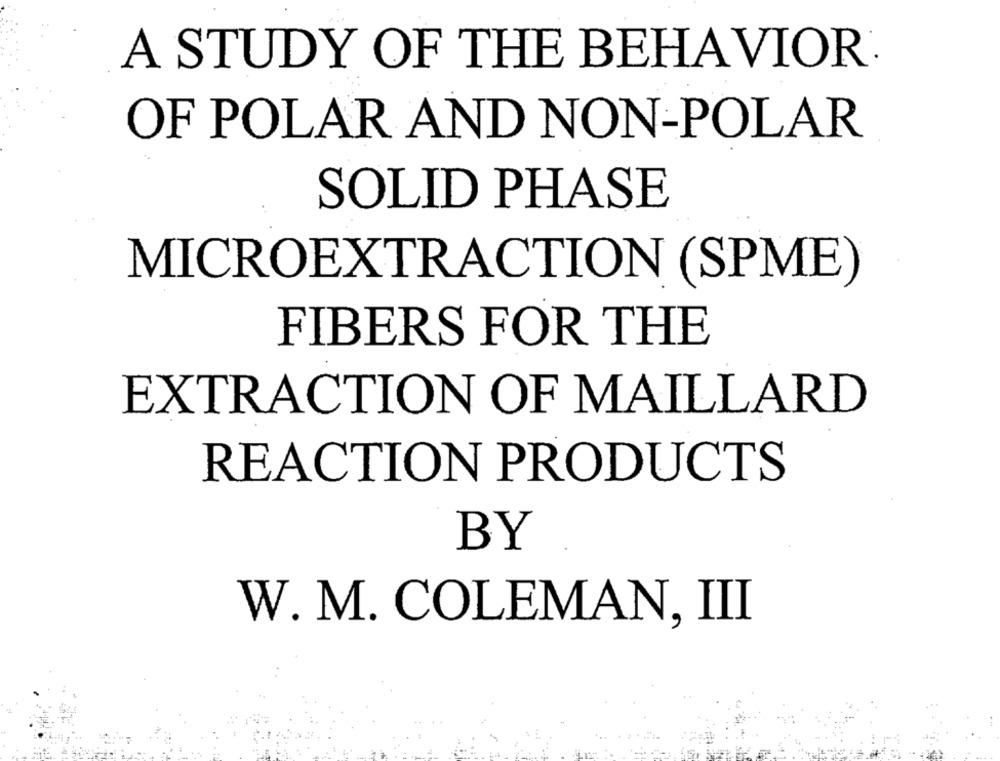
A STUDY OF THE BEHAVIOR
OF POLAR AND NON-POLAR
SOLID PHASE
MICROEXTRACTION (SPME
FIBERS FOR THE
EXTRACTION OF MAILLARD
REACTION PRODUCTS
BY
W. M. COLEMAN, III